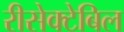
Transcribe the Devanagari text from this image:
रीसेक्टेबिल